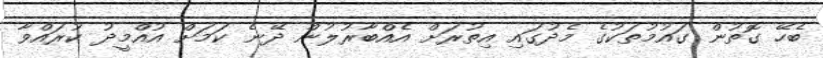
ބެހޭ ގޮތުން ގައުމުތަކުގެ މެދުގައި އިތުރަށް އެއްބާރުލުން ދޭނެ ކަމަށް އުއްމީދު ކުރައްވާ